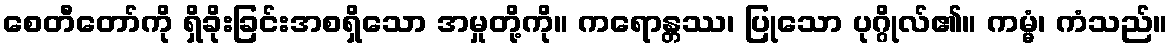
စေတီတော်ကို ရှိခိုးခြင်းအစရှိသော အမှုတို့ကို။ ကရောန္တဿ၊ ပြုသော ပုဂ္ဂိုလ်၏။ ကမ္မံ၊ ကံသည်။